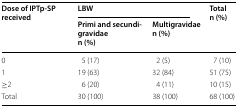
<table><thead><tr><td rowspan="2"><b>Dose of IPTp-SP received</b></td><td colspan="2"><b>LBW</b></td><td rowspan="2"><b>Totaln (%)</b></td></tr><tr><td><b>Primi and secundigravidaen (%)</b></td><td><b>Multigravidaen (%)</b></td></tr></thead><tbody><tr><td>0</td><td>5 (17)</td><td>2 (5)</td><td>7 (10)</td></tr><tr><td>1</td><td>19 (63)</td><td>32 (84)</td><td>51 (75)</td></tr><tr><td>≥2</td><td>6 (20)</td><td>4 (11)</td><td>10 (15)</td></tr><tr><td>Total</td><td>30 (100)</td><td>38 (100)</td><td>68 (100)</td></tr></tbody></table>